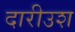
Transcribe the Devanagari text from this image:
दारीउश